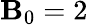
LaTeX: \mathbf{B}_{0}=2